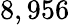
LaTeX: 8,956